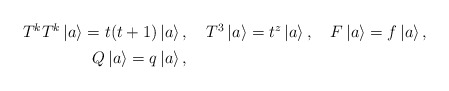
\begin{align*}\renewcommand{\arraystretch}{1.3}\begin{array}{rrc}T^k T^k \left| a\right> = t (t+1) \left| a\right>, & \,\,T^3 \left| a\right> = t^z \left| a\right>, & \, \,F\left| a\right> = f \left| a\right>, \\Q \left| a\right> = q \left| a\right>, & &\end{array} \end{align*}